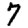
Digit: 7